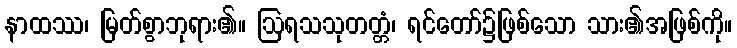
နာထဿ၊ မြတ်စွာဘုရား၏။ ဩရသသုတတ္တံ၊ ရင်တော်၌ဖြစ်သော သား၏အဖြစ်ကို။